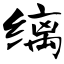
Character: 缡